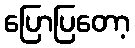
ပြောပြတော့